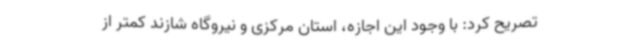
تصریح کرد: با وجود این اجازه، استان مرکزی و نیروگاه شازند کمتر از